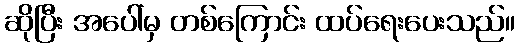
ဆိုပြီး အပေါ်မှ တစ်ကြောင်း ထပ်ရေးပေးသည်။